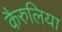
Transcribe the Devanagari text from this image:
कैरुलिया